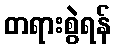
တရားစွဲရန်